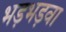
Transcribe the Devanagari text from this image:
भड़भड़वा